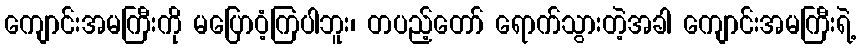
ကျောင်းအမကြီးကို မပြောဝံ့ကြပါဘူး၊ တပည့်တော် ရောက်သွားတဲ့အခါ ကျောင်းအမကြီးရဲ့